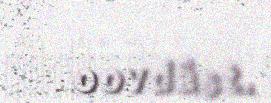
oovdâst.